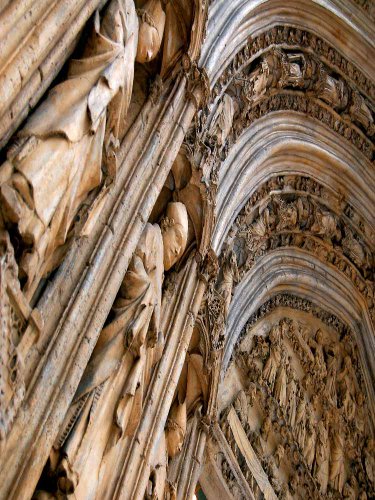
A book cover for Death Can Be Joyous: The Sacrament Of Extreme Unction; Francis J. Connell; Christian Books & Bibles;